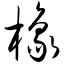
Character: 橡